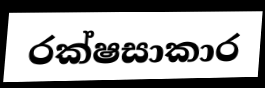
රක්ෂසාකාර